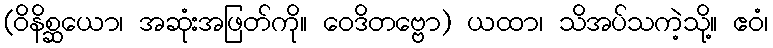
(ဝိနိစ္ဆယော၊ အဆုံးအဖြတ်ကို။ ဝေဒိတဗ္ဗော) ယထာ၊ သိအပ်သကဲ့သို့။ ဧဝံ၊